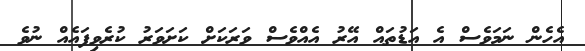
އެހެން ނަމަވެސް އެ އަޑުތައް އޭރު އެއްވެސް ވަރަކަށް ކަށަވަރު ކުރެވިފައެއް ނުވެ